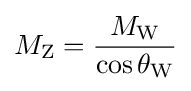
M_{\text{Z}}={\frac {M_{\text{W}}}{\cos \theta _{\text{W}}}}